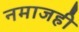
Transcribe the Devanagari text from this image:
नमाजही